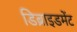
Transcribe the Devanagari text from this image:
डिब्राइडमेंट